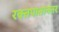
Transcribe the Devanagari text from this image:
रक्तपातानंतर